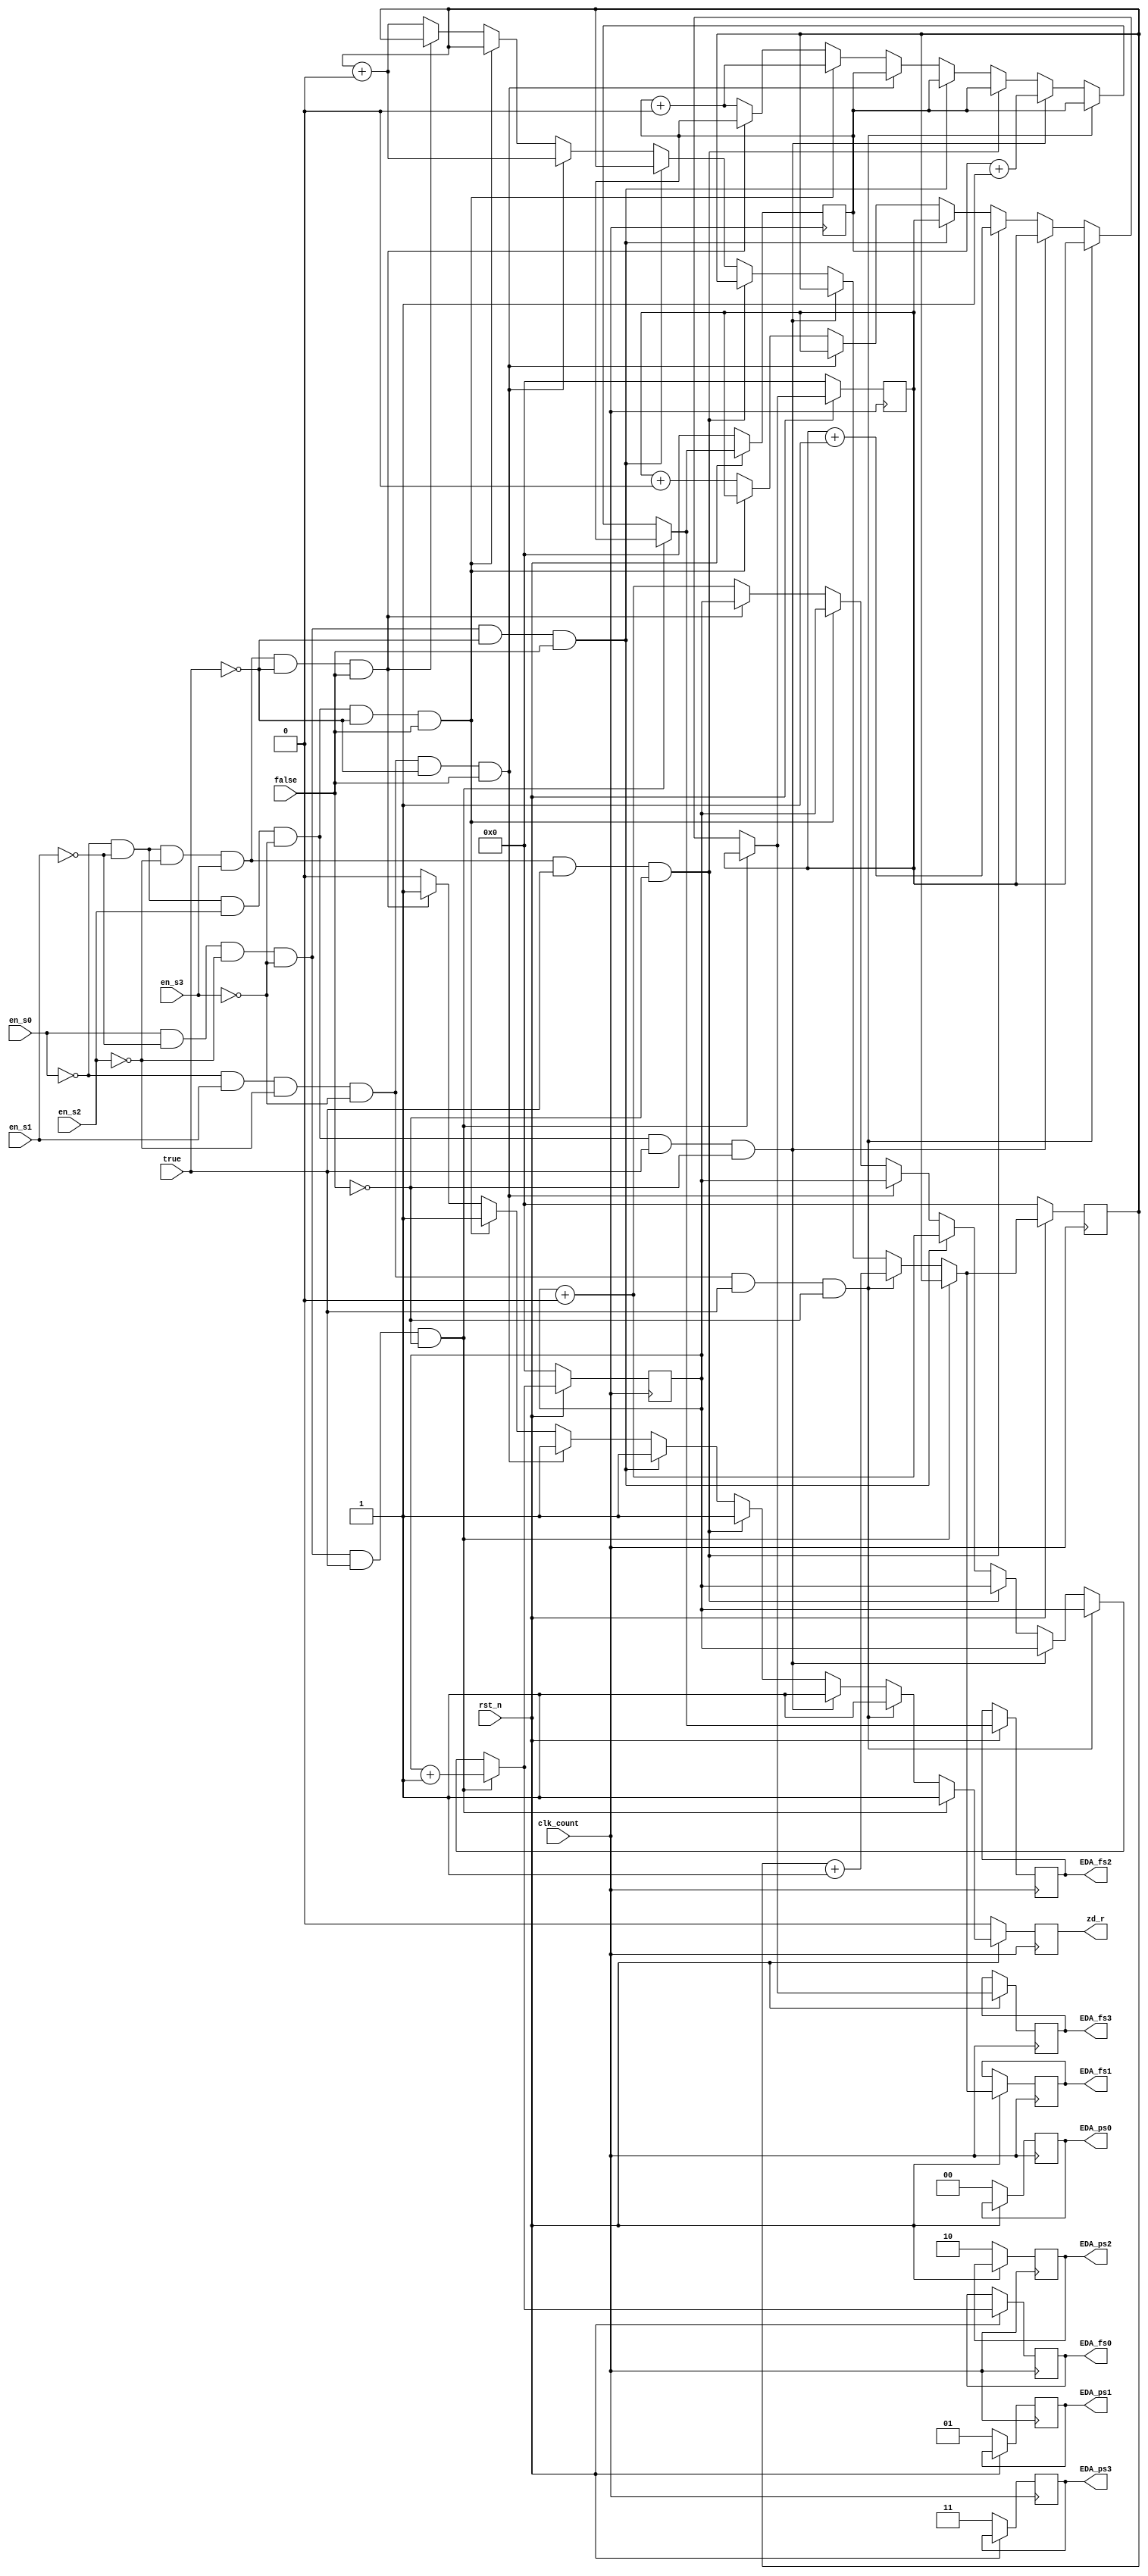
module record(
	input clk_count,rst_n,true,false,
	input en_s0,en_s1,en_s2,en_s3,
	
	output reg zd_r,
	output reg [1:0] EDA_ps0,EDA_ps1,EDA_ps2,EDA_ps3,
	output reg [3:0] EDA_fs0,EDA_fs1,EDA_fs2,EDA_fs3
);
//truefalseen_s0~3
//zd_rrecordEDA_f0~3
reg [3:0] EDA_f0,EDA_f1,EDA_f2,EDA_f3;
always @ (posedge clk_count) begin
	if (!rst_n) begin
		EDA_f0=4'b0000;EDA_f1=4'b0000;EDA_f2=4'b0000;EDA_f3=4'b0000;zd_r<=0;
		EDA_ps0=2'b00;EDA_ps1=2'b01;EDA_ps2=2'b10;EDA_ps3=2'b11;
		end
	else begin
		//
		if ((en_s0 == 1)&(en_s1 == 0)&(en_s2 == 0)&(en_s3 == 0)&(true == 1)&(false == 0)) begin EDA_f0=EDA_f0+6'b000001;zd_r<=1; end			//p0
		else if ((en_s0 == 0)&(en_s1 == 1)&(en_s2 == 0)&(en_s3 == 0)&(true == 1)&(false == 0)) begin EDA_f1=EDA_f1+6'b000001;zd_r<=1; end	//p1
		else if ((en_s0 == 0)&(en_s1 == 0)&(en_s2 == 1)&(en_s3 == 0)&(true == 1)&(false == 0)) begin EDA_f2=EDA_f2+6'b000001;zd_r<=1; end	//p2
		else if ((en_s0 == 0)&(en_s1 == 0)&(en_s2 == 0)&(en_s3 == 1)&(true == 1)&(false == 0)) begin EDA_f3=EDA_f3+6'b000001;zd_r<=1; end	//p3
		else if ((en_s0 == 1)&(en_s1 == 0)&(en_s2 == 0)&(en_s3 == 0)&(true == 0)&(false == 1)) begin EDA_f0=EDA_f0+6'b000000;zd_r<=1; end	//p0
		else if ((en_s0 == 0)&(en_s1 == 1)&(en_s2 == 0)&(en_s3 == 0)&(true == 0)&(false == 1)) begin EDA_f1=EDA_f1+6'b000000;zd_r<=1; end	//p1
		else if ((en_s0 == 0)&(en_s1 == 0)&(en_s2 == 1)&(en_s3 == 0)&(true == 0)&(false == 1)) begin EDA_f2=EDA_f2+6'b000000;zd_r<=1; end	//p2
		else if ((en_s0 == 0)&(en_s1 == 0)&(en_s2 == 0)&(en_s3 == 1)&(true == 0)&(false == 1)) begin EDA_f3=EDA_f3+6'b000000;zd_r<=1; end	//p3
		else begin EDA_f0=EDA_f0+6'b000000;EDA_f1=EDA_f1+6'b000000;EDA_f2=EDA_f2+6'b000000;EDA_f3=EDA_f3+6'b000000;zd_r<=0; end					//
		EDA_fs0=EDA_f0; EDA_fs1=EDA_f1; EDA_fs2=EDA_f2; EDA_fs3=EDA_f3;
		//{EDA_ps0,EDA_fs0}=EDA_f0; {EDA_ps1,EDA_fs1}=EDA_f1; {EDA_ps2,EDA_fs2}=EDA_f2; {EDA_ps3,EDA_fs3}=EDA_f3;
	end
end
endmodule

//input s0,s1,s2,s3,
//output reg [1:0] tof
//en_s0<=1'b0;en_s1<=1'b0;en_s2<=1'b0;en_s3<=1'b0;
//begin EDA_f0=EDA_f0+6'b000000;EDA_f1=EDA_f1+6'b000000;EDA_f2=EDA_f2+6'b000000;EDA_f3=EDA_f3+6'b000000;zd_r<=0; end
//else begin EDA_f0=EDA_f0+0;EDA_f1=EDA_f1+0;EDA_f2=EDA_f2+0;EDA_f3=EDA_f3+0; end
/*		
		tof<={true,false};
		case(tof)
		2'b10: begin 
			if ((en_s0 == 1)&(en_s1 == 0)&(en_s2 == 0)&(en_s3 == 0)) begin EDA_f0=EDA_f0+6'b000001;zd_r<=1; end
			else if ((en_s0 == 0)&(en_s1 == 1)&(en_s2 == 0)&(en_s3 == 0)) begin EDA_f1=EDA_f1+6'b000001;zd_r<=1; end
			else if ((en_s0 == 0)&(en_s1 == 0)&(en_s2 == 1)&(en_s3 == 0)) begin EDA_f2=EDA_f2+6'b000001;zd_r<=1; end
			else if ((en_s0 == 0)&(en_s1 == 0)&(en_s2 == 0)&(en_s3 == 1)) begin EDA_f3=EDA_f3+6'b000001;zd_r<=1; end
			else begin EDA_f0=EDA_f0+0;EDA_f1=EDA_f1+0;EDA_f2=EDA_f2+0;EDA_f3=EDA_f3+0;zd_r<=0; end
			end
		2'b01: begin
			if ((en_s0 == 1)&(en_s1 == 0)&(en_s2 == 0)&(en_s3 == 0)) begin EDA_f0=EDA_f0+6'b000000;zd_r<=0; end
			else if ((en_s0 == 0)&(en_s1 == 1)&(en_s2 == 0)&(en_s3 == 0)) begin EDA_f1=EDA_f1+6'b000000;zd_r<=0; end
			else if ((en_s0 == 0)&(en_s1 == 0)&(en_s2 == 1)&(en_s3 == 0)) begin EDA_f2=EDA_f2+6'b000000;zd_r<=0; end
			else if ((en_s0 == 0)&(en_s1 == 0)&(en_s2 == 0)&(en_s3 == 1)) begin EDA_f3=EDA_f3+6'b000000;zd_r<=0; end
			else begin EDA_f0=EDA_f0+0;EDA_f1=EDA_f1+0;EDA_f2=EDA_f2+0;EDA_f3=EDA_f3+0;zd_r<=0; end
			end
		2'b00: begin EDA_f0=EDA_f0+0;EDA_f1=EDA_f1+0;EDA_f2=EDA_f2+0;EDA_f3=EDA_f3+0;zd_r<=0; end
		default: begin EDA_f0=EDA_f0+0;EDA_f1=EDA_f1+0;EDA_f2=EDA_f2+0;EDA_f3=EDA_f3+0;zd_r<=0; end
		endcase
		
		if ((true == 1)&(false == 0)) begin 
			if ((en_s0 == 1)&(en_s1 == 0)&(en_s2 == 0)&(en_s3 == 0)) begin EDA_f0=EDA_f0+6'b000001;zd_r<=1; end
			else if ((en_s0 == 0)&(en_s1 == 1)&(en_s2 == 0)&(en_s3 == 0)) begin EDA_f1=EDA_f1+6'b000001;zd_r<=1; end
			else if ((en_s0 == 0)&(en_s1 == 0)&(en_s2 == 1)&(en_s3 == 0)) begin EDA_f2=EDA_f2+6'b000001;zd_r<=1; end
			else if ((en_s0 == 0)&(en_s1 == 0)&(en_s2 == 0)&(en_s3 == 1)) begin EDA_f3=EDA_f3+6'b000001;zd_r<=1; end
			else begin EDA_f0=EDA_f0+0;EDA_f1=EDA_f1+0;EDA_f2=EDA_f2+0;EDA_f3=EDA_f3+0;zd_r<=0; end
			end
		else if ((true == 0)&(false == 1)) begin
			if ((en_s0 == 1)&(en_s1 == 0)&(en_s2 == 0)&(en_s3 == 0)) begin EDA_f0=EDA_f0+6'b000000;zd_r<=1; end
			else if ((en_s0 == 0)&(en_s1 == 1)&(en_s2 == 0)&(en_s3 == 0)) begin EDA_f1=EDA_f1+6'b000000;zd_r<=1; end
			else if ((en_s0 == 0)&(en_s1 == 0)&(en_s2 == 1)&(en_s3 == 0)) begin EDA_f2=EDA_f2+6'b000000;zd_r<=1; end
			else if ((en_s0 == 0)&(en_s1 == 0)&(en_s2 == 0)&(en_s3 == 1)) begin EDA_f3=EDA_f3+6'b000000;zd_r<=1; end
			else begin EDA_f0=EDA_f0+0;EDA_f1=EDA_f1+0;EDA_f2=EDA_f2+0;EDA_f3=EDA_f3+0;zd_r<=0; end
			end
		else if ((!true)&(!false)) begin EDA_f0=EDA_f0+0;EDA_f1=EDA_f1+0;EDA_f2=EDA_f2+0;EDA_f3=EDA_f3+0;zd_r<=0; end
		else begin tof<=2'b00; end
		end
		if ((true == 1)&(false == 0)&(en_s0 == 1)&(en_s1 == 0)&(en_s2 == 0)&(en_s3 == 0)) begin EDA_f0=EDA_f0+6'b000001;zd_r<=1; end
		else if ((true == 1)&(false == 0)&(en_s0 == 0)&(en_s1 == 1)&(en_s2 == 0)&(en_s3 == 0)) begin EDA_f1=EDA_f1+6'b000001;zd_r<=1; end
		else if ((true == 1)&(false == 0)&(en_s0 == 0)&(en_s1 == 0)&(en_s2 == 1)&(en_s3 == 0)) begin EDA_f2=EDA_f2+6'b000001;zd_r<=1; end
		else if ((true == 1)&(false == 0)&(en_s0 == 0)&(en_s1 == 0)&(en_s2 == 0)&(en_s3 == 1)) begin EDA_f3=EDA_f3+6'b000001;zd_r<=1; end
		else if ((!true)&(!false)) begin EDA_f0=EDA_f0+0;EDA_f1=EDA_f1+0;EDA_f2=EDA_f2+0;EDA_f3=EDA_f3+0;zd_r<=0; end
		else begin EDA_f0=EDA_f0+0;EDA_f1=EDA_f1+0;EDA_f2=EDA_f2+0;EDA_f3=EDA_f3+0;zd_r<=0; end
		if ((true == 0)&(false == 1)&(en_s0 == 1)&(en_s1 == 0)&(en_s2 == 0)&(en_s3 == 0)) begin EDA_f0=EDA_f0+6'b000000;zd_r<=1; end
		else if ((true == 0)&(false == 1)&(en_s0 == 0)&(en_s1 == 1)&(en_s2 == 0)&(en_s3 == 0)) begin EDA_f1=EDA_f1+6'b000000;zd_r<=1; end
		else if ((true == 0)&(false == 1)&(en_s0 == 0)&(en_s1 == 0)&(en_s2 == 1)&(en_s3 == 0)) begin EDA_f2=EDA_f2+6'b000000;zd_r<=1; end
		else if ((true == 0)&(false == 1)&(en_s0 == 0)&(en_s1 == 0)&(en_s2 == 0)&(en_s3 == 1)) begin EDA_f3=EDA_f3+6'b000000;zd_r<=1; end
		else if ((!true)&(!false)) begin EDA_f0=EDA_f0+0;EDA_f1=EDA_f1+0;EDA_f2=EDA_f2+0;EDA_f3=EDA_f3+0;zd_r<=0; end
		else begin EDA_f0=EDA_f0+0;EDA_f1=EDA_f1+0;EDA_f2=EDA_f2+0;EDA_f3=EDA_f3+0;zd_r<=0; end
		end
		*/